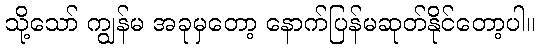
သို့သော် ကျွန်မ အခုမှတော့ နောက်ပြန်မဆုတ်နိုင်တော့ပါ။